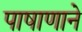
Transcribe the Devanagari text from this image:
पाषाणाने